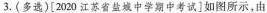
3.(多选)[2020江苏省盐城中学期中考试]如图所示，由